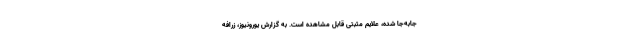
جابه‌جا شده، علایم مثبتی قابل مشاهده است. به گزارش یورونیوز، زرافه